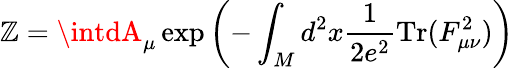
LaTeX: \mathbb{Z}=\intdA_{\mu}\exp\left(-\int_{M}d^{2}x\frac{{1}}{{2e^{2}}}\mathrm{{Tr}}(F_{\mu\nu}^{2})\right)